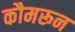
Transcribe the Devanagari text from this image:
कौमरून